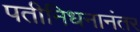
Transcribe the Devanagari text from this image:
पतीनिधनानंतर